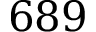
6 8 9